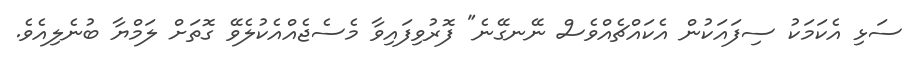
ސަޅި އެކަމަކު ސިފައަކުން އެކައްޗެއްވެސް ނޭނގޭނެ" ފޮރުވިފައިވާ މެސެޖެއްއެކުލެވޭ ގޮތަށް ލަމްޔާ ބުނެލިއެވެ.